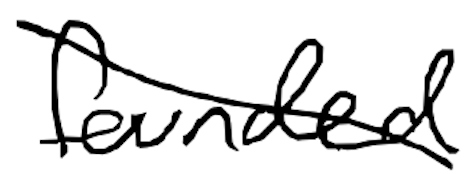
Text: founded
Cross-out: diagonal
Writing tool: digital_black